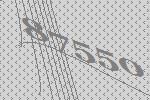
87550